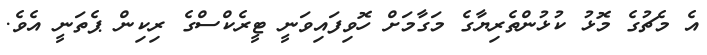
އެ މެޗުގެ މޮޅު ކުޅުންތެރިޔާގެ މަގާމަށް ހޮވިފައިވަނީ ޓީރެކްސްގެ ރިކިން ޕެތަނީ އެވެ.